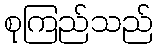
စုကြည်သည်